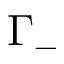
\Gamma _ { - }